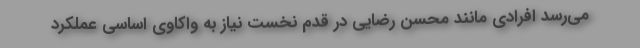
می‌رسد افرادی مانند محسن رضایی در قدم نخست نیاز به واکاوی اساسی عملکرد